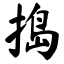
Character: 捣